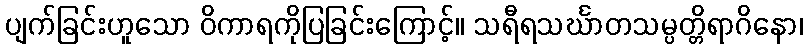
ပျက်ခြင်းဟူသော ဝိကာရကိုပြခြင်းကြောင့်။ သရီရသင်္ဃာတသမ္ပတ္တိရာဂိနော၊